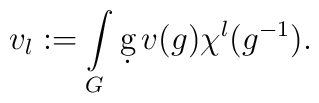
v_{l}:=\int\limits_{G}\d g\,v(g)\chi ^l(g^{-1}).